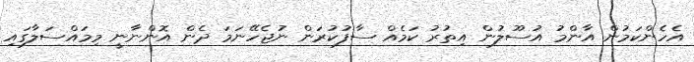
އެހެންކަމުން އާންމު އުސޫލުން އިތުރު ކަމެއް ސާފުކުރަން ނުޖެހޭނަމަ ދެން އޮންނާނީ މިމައްސަލާގައި